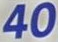
40